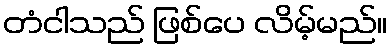
တံငါသည် ဖြစ်ပေ လိမ့်မည်။